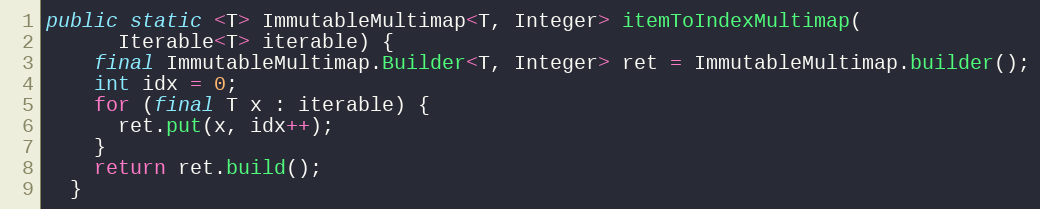
Language: Java
public static <T> ImmutableMultimap<T, Integer> itemToIndexMultimap(
      Iterable<T> iterable) {
    final ImmutableMultimap.Builder<T, Integer> ret = ImmutableMultimap.builder();
    int idx = 0;
    for (final T x : iterable) {
      ret.put(x, idx++);
    }
    return ret.build();
  }